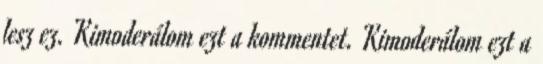
lesz ez. Kimoderálom ezt a kommentet. Kimoderálom ezt a